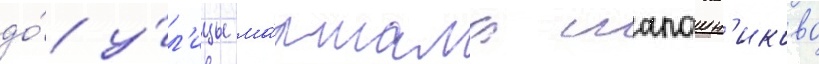
до́ у́л'ицы ма́ршала шапошн'икова